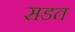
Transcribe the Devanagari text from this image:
सडत